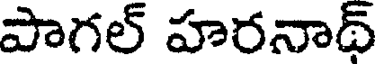
పాగల్ హరనాథ్